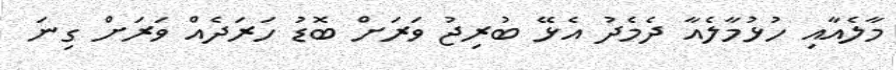
މާލެއާއި ހުޅުމާލެއާ ދެމެދު އެޅޭ ބުރިޖު ވަރަށް ބޮޑު ހަރަދެއް ވަރަށް ގިނަ